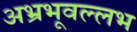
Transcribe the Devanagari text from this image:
अभ्रभूवल्लभ